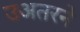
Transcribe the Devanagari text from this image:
उअतरने